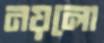
নয়লো